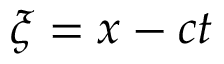
\xi = x - c t